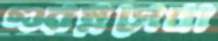
গুরম্নসেবা